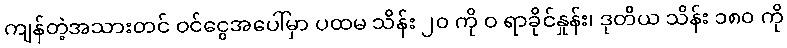
ကျန်တဲ့အသားတင် ဝင်ငွေအပေါ်မှာ ပထမ သိန်း ၂၀ ကို ဝ ရာခိုင်နှုန်း၊ ဒုတိယ သိန်း ၁၈၀ ကို